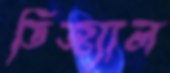
ডিজ্যাল